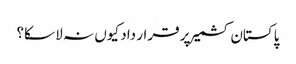
پاکستان کشمیر پر قرار داد کیوں نہ لا سکا؟